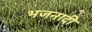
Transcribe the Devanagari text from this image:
भजनादी